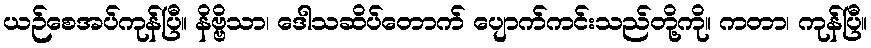
ယဉ်စေအပ်ကုန်ပြီ။ နိဗ္ဗိသာ၊ ဒေါသဆိပ်တောက် ပျောက်ကင်းသည်တို့ကို။ ကတာ၊ ကုန်ပြီ။